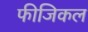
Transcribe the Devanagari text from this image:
फीजिकल